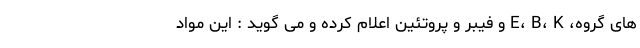
های گروه، E، B، K و فیبر و پروتئین اعلام کرده و می گوید : این مواد